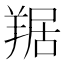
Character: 𦎠